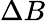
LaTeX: \Delta B